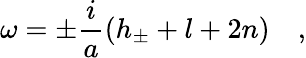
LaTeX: \omega=\pm\frac{i}{a}(h_{\pm}+l+2n)\quad,